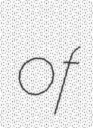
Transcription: of